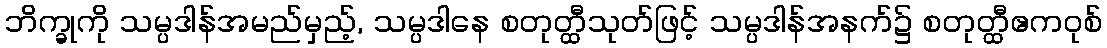
ဘိက္ခုကို သမ္ပဒါန်အမည်မှည့်, သမ္ပဒါနေ စတုတ္ထီသုတ်ဖြင့် သမ္ပဒါန်အနက်၌ စတုတ္ထီဧကဝုစ်